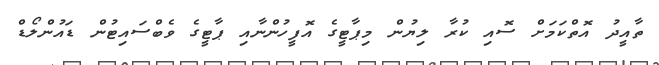
ތާއީދު އޮތްކަމަށް ސޮއި ކުރާ ލިޔުން މިޕާޓީގެ އޮފީހުންނާއި ޕާޓީގެ ވެބްސައިޓުން ޑައުންލޯޑް